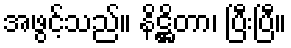
အဖွင့်သည်။ နိဋ္ဌိတာ၊ ပြီးပြီ။